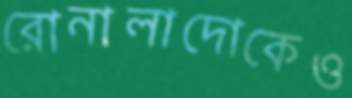
রোনালাদোকেও